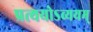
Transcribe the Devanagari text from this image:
प्रत्ययोऽव्ययम्